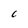
Character: 6